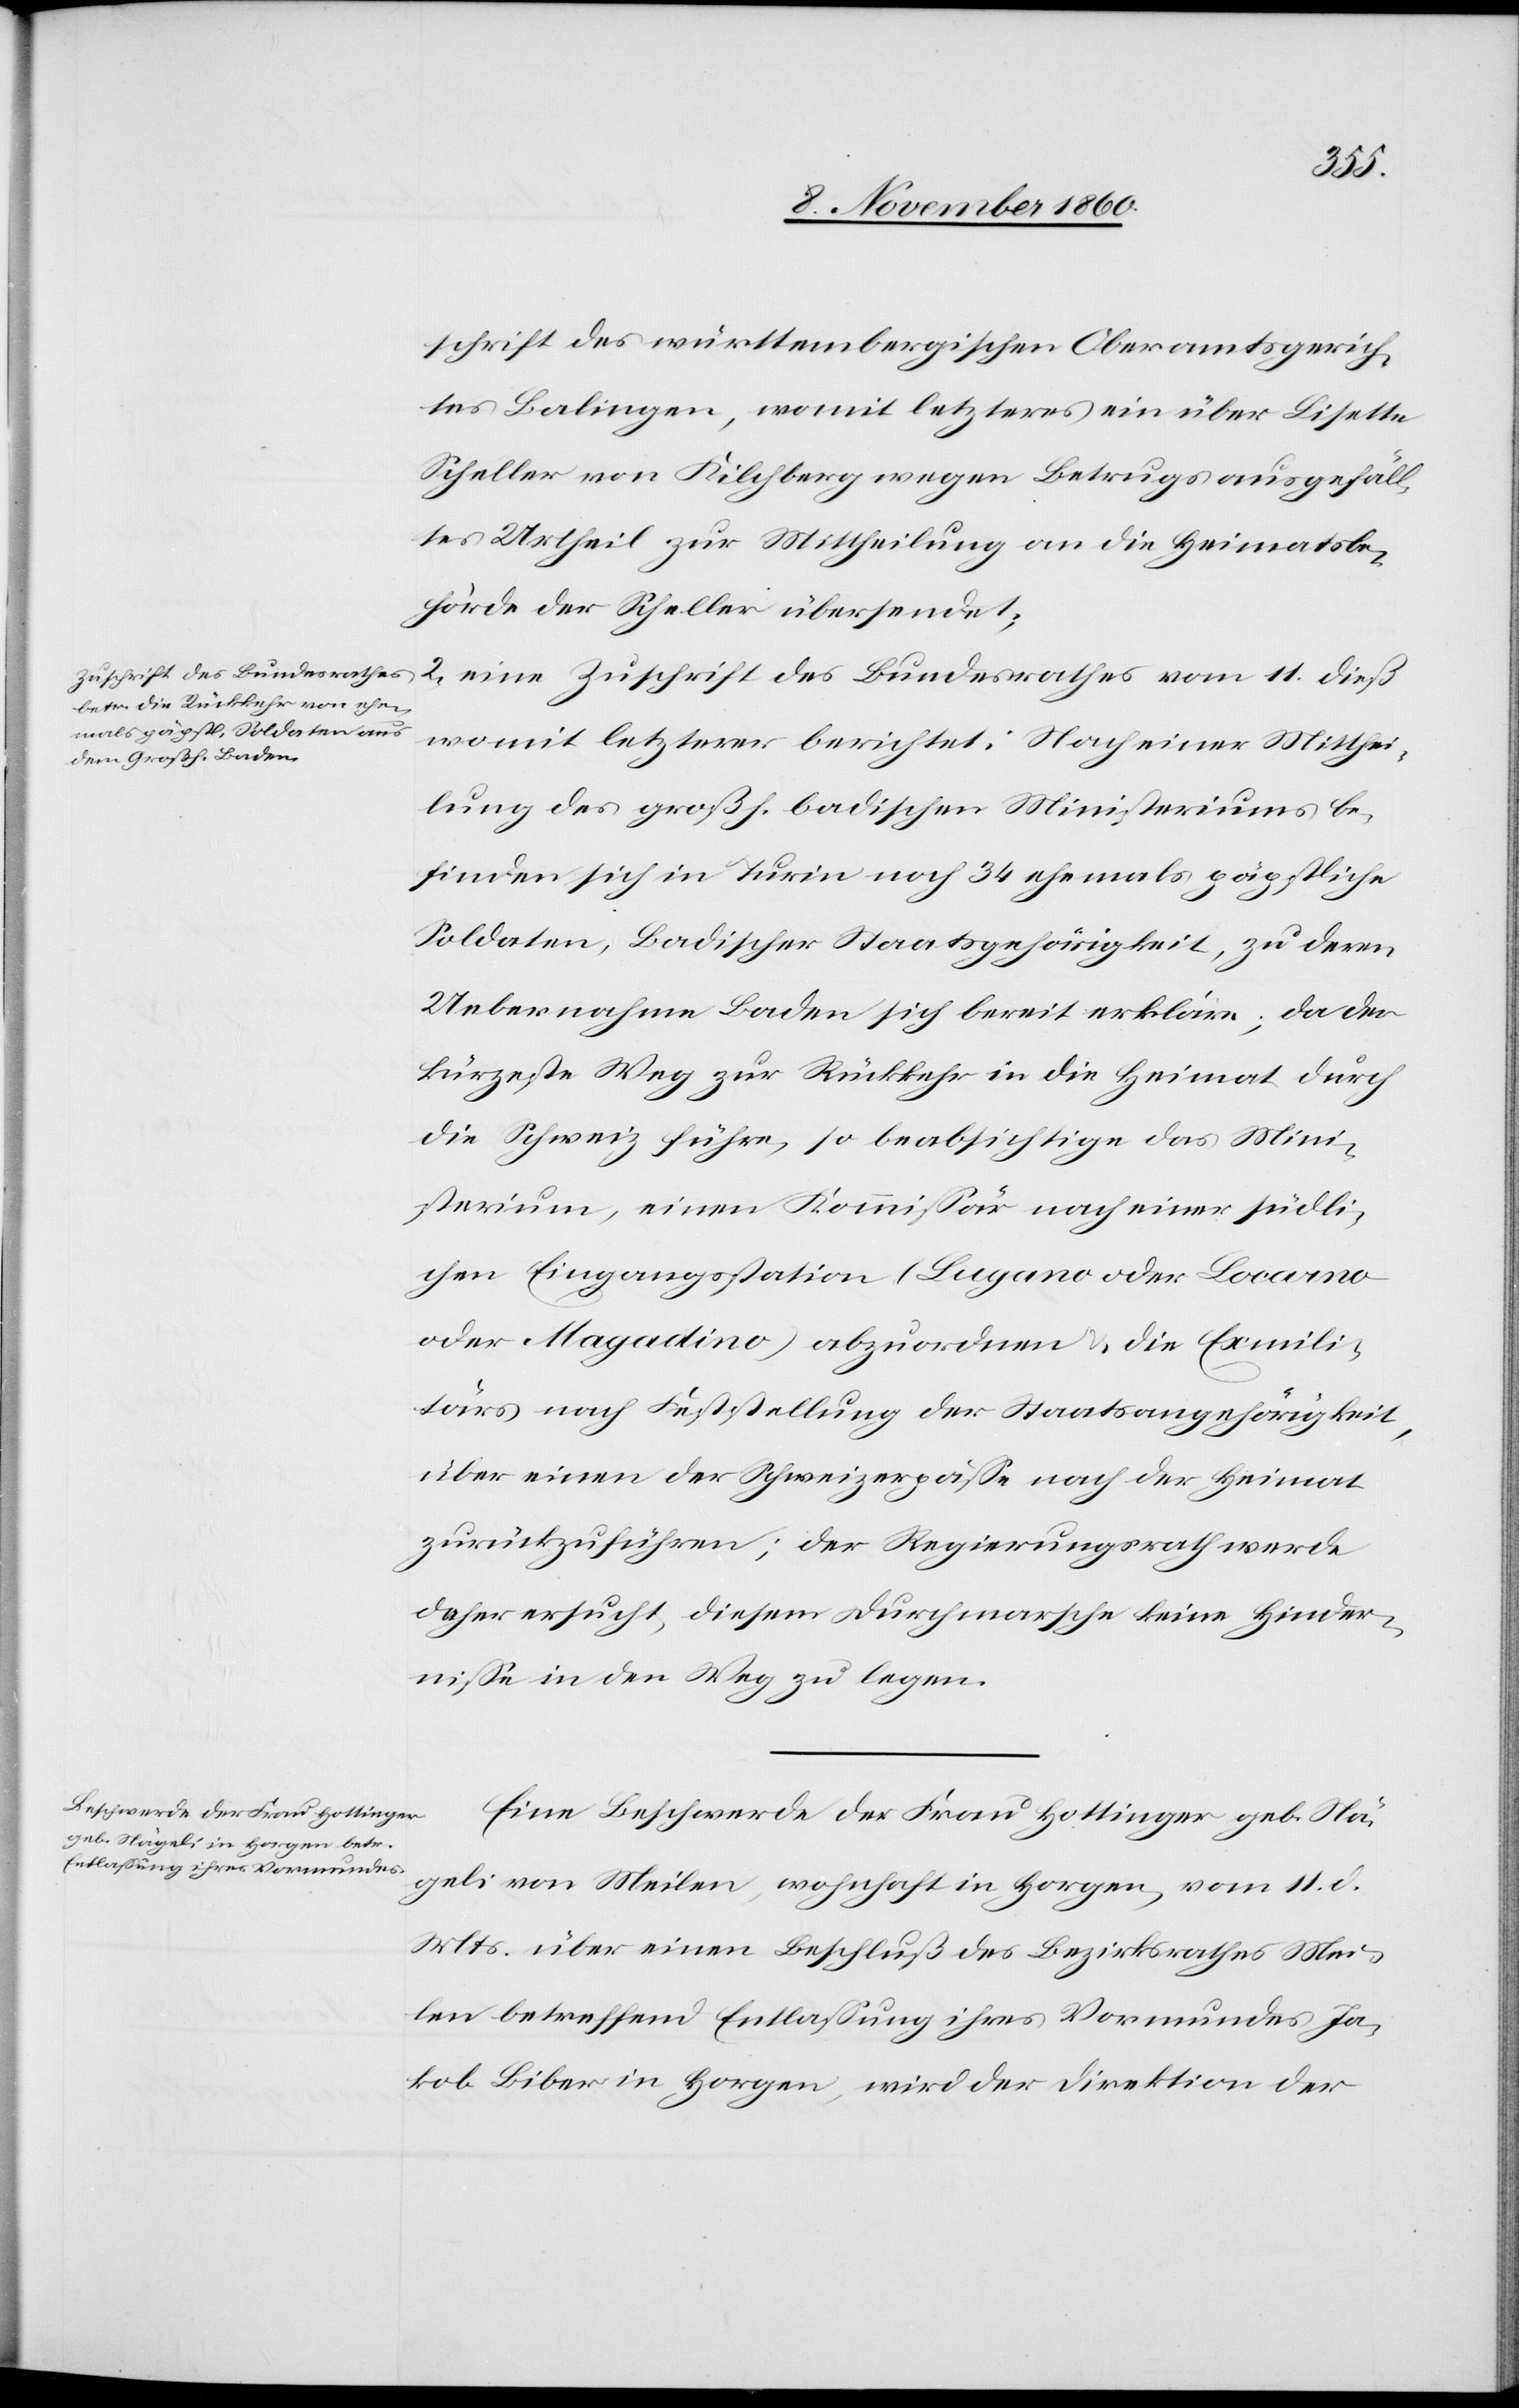
12. November 1860.]
schrift des württembergischen Oberamtsgerich¬
tes Balingen, womit letzteres ein über Lisette
Scheller von Kilchberg wegen Betrugs ausgefäll¬
tes Urtheil zur Mittheilung an die Heimatsbe¬
hörde der Scheller übersendet;
2)
eine Zuschrift des Bundesrathes vom 11. dieß
womit letzterer berichtet: Nach einer Mitthei¬
lung des großh. badischen Ministeriums be¬
finden sich in Turin noch 34 ehemalige päpstliche
Soldaten, Badischer Staatsgehörigkeit, zu deren
Uebernahme Baden sich bereit erkläre, da der
kürzeste Weg zur Rückkehr in die Heimat durch
die Schweiz führe, so beabsichtige das Mini¬
sterium, einen Kommissär nach einer südli¬
chen Eingangsstation (Lugano oder Locarno
oder Magadino) abzuordnen u. die Exmili¬
tärs nach Feststellung der Staatsangehörigkeit,
über einen der Schweizerpässe nach der Heimat
zurückzuführen; der Regierungsrath werde
daher ersucht, diesem Durchmarsche keine Hinder¬
nisse in den Weg zu legen.
Eine Beschwerde der Frau Hottinger geb. Nä¬
geli von Meilen, wohnhaft in Horgen, vom 11. d.
Mts. über einen Beschluß des Bezirksrathes Mei¬
len betreffend Entlassung ihres Vormundes Ja¬
kob Biber in Horgen, wird der Direktion der